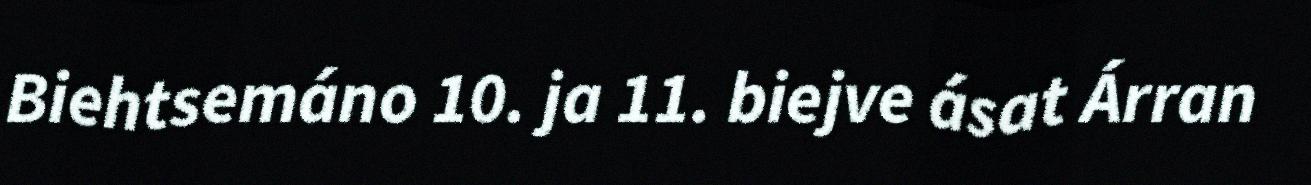
Biehtsemáno 10. ja 11. biejve ásat Árran